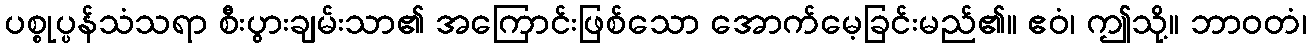
ပစ္စုပ္ပန်သံသရာ စီးပွားချမ်းသာ၏ အကြောင်းဖြစ်သော အောက်မေ့ခြင်းမည်၏။ ဧဝံ၊ ဤသို့။ ဘာဝတံ၊